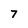
Character: 7